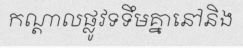
កណ្តាលផ្លូវទទឹមគ្នានៅនិង